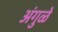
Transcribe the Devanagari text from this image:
अंगुळे